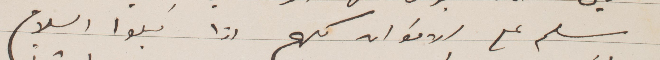
سلم على الاخوان كلهم اذا قبلوا السلام